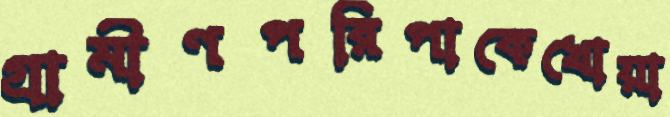
গ্রামীণপরিপাকেখোয়া